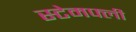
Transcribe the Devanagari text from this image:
स्टेमफ्ली